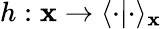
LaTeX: h:\mathbf{x}\rightarrow\langle\cdot|\cdot\rangle_{\mathbf{x}}